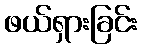
ဖယ်ရှားခြင်း